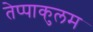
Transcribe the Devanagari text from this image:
तेप्पाकुलम